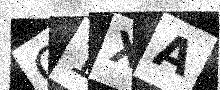
Text: O1XA